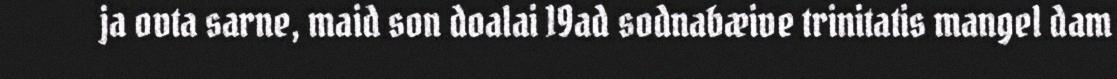
ja ovta sarne, maid son doalai 19ad sodnabæive trinitatis mangel dam